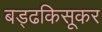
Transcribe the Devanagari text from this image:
बड्ढकिसूकर